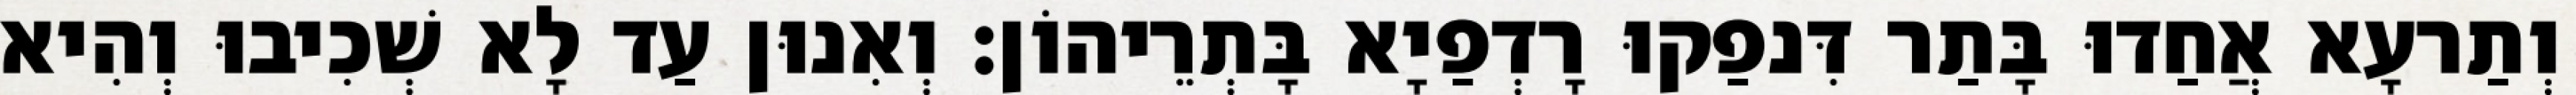
וְתַרעָא אֲחַדוּ בָּתַר דִּנפַקוּ רָדְפַיָא בָּתְרֵיהוֹן׃ וְאִנוּן עַד לָא שְׁכִיבוּ וְהִיא